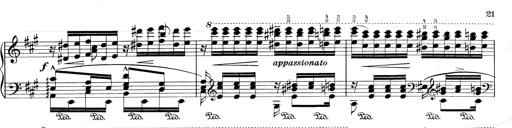
Title: RÃ©miniscences de Don Juan
Composer: Franz Liszt